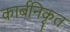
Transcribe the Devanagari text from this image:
कार्बनिकृत